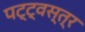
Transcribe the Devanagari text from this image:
पट्ट्वस्त्र